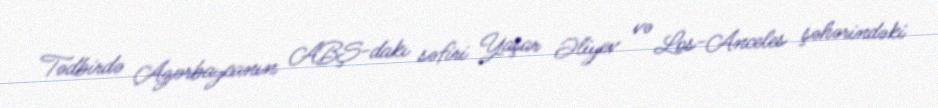
Tədbirdə Azərbaycanın ABŞ-dakı səfiri Yaşar Əliyev və Los-Anceles şəhərindəki